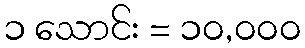
၁ သောင်း = ၁၀,၀၀၀